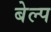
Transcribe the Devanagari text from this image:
बेल्प